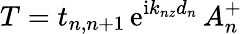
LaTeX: T=t_{n,n+1}\, \mathrm{e}^{\mathrm{i}k_{nz}d_{n}}\, A_{n}^{+}